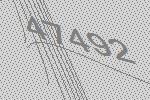
47492